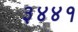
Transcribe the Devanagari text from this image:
३४४१